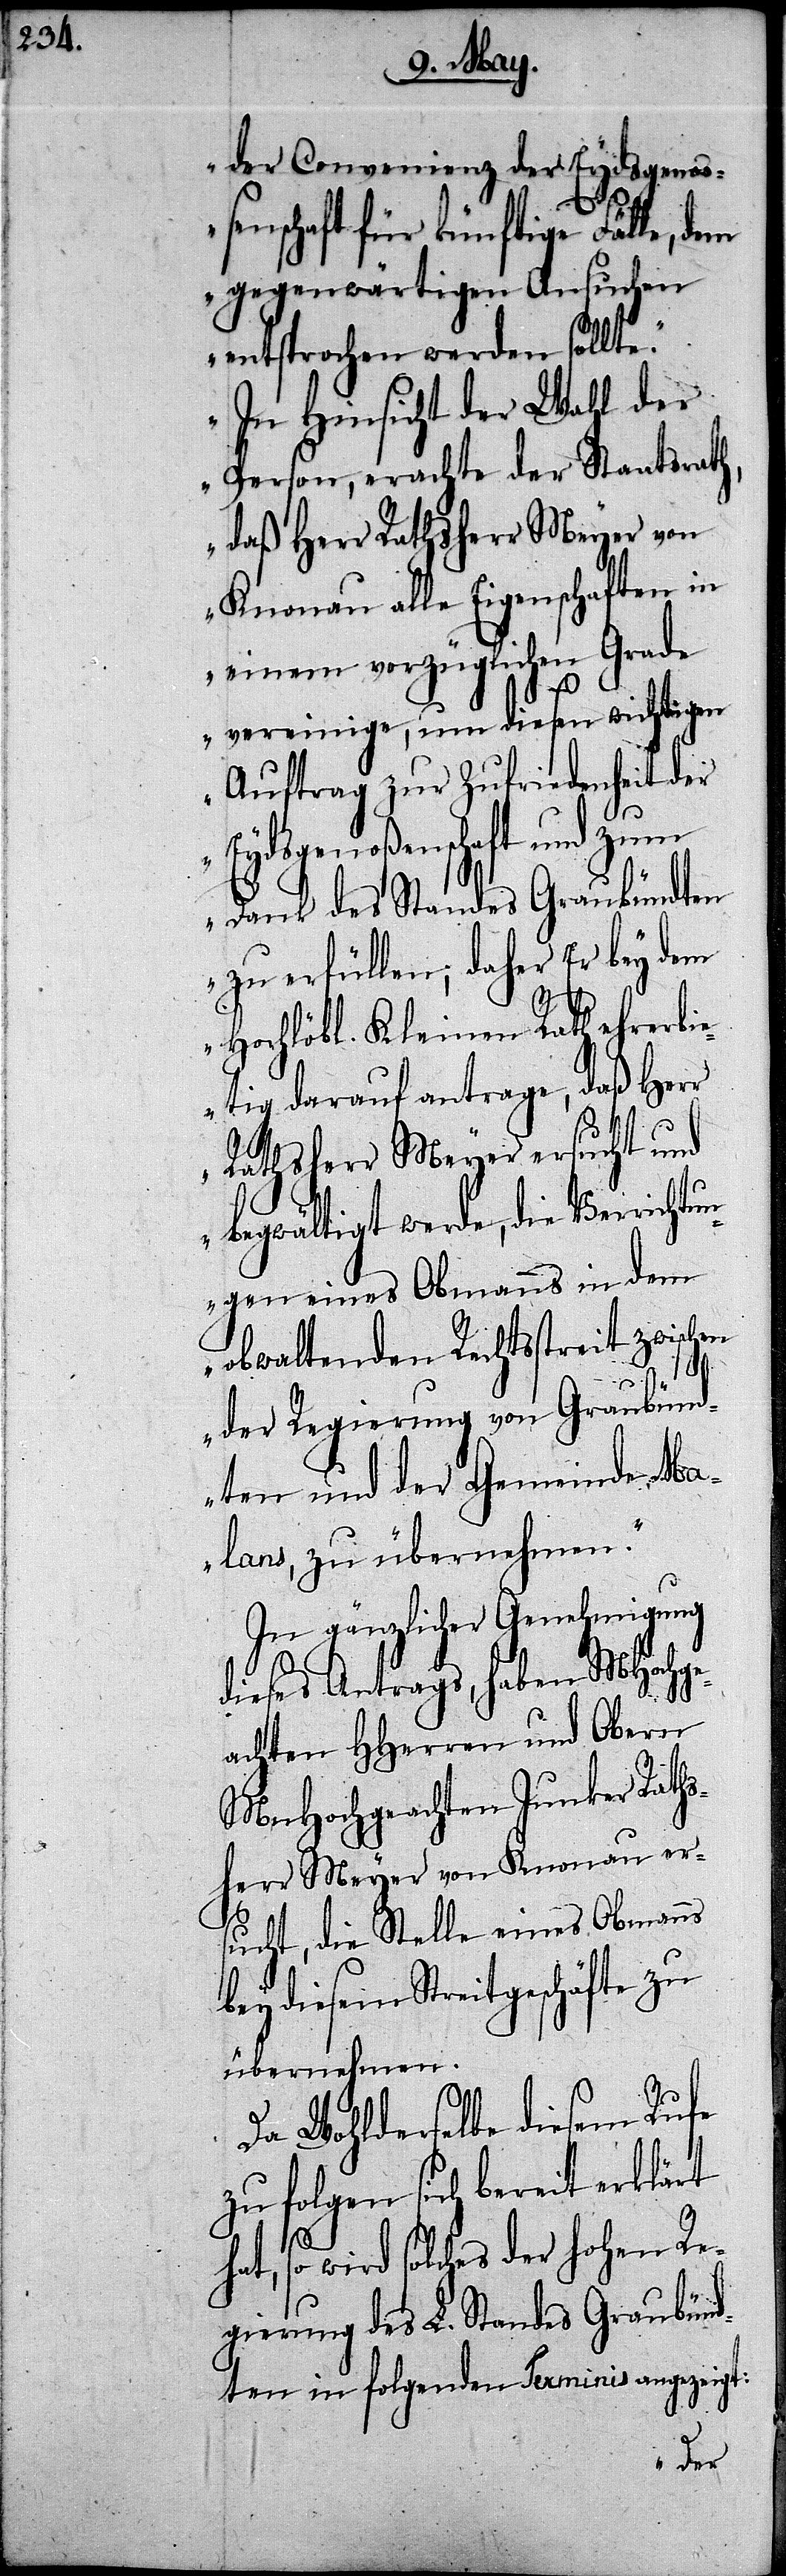
der Convenienz der Eydsgenoß¬
enschaft für künftige Fälle,
gegenwärtigen Ansuchen
entsprochen werden sollte.
In Hinsicht der Wahl der
Person, erachte der Staatsrath,
daß Herr Rathsherr Meyer von
Knonau alle Eigenschaften in
einem vorzüglichen Grad¬
e
vereinige, um diesen wichtigen
Auftrag zur Zufriedenheit der
Eydsgenoßenschaft und zum
Dank des Standes Graubündten
zu erfüllen; daher Er bey dem
Hochlöbl. Kleinen Rath ehrerbi¬
etig darauf antrage, daß Herr
Rathsherr Meyer ersucht und
begwältigt werde, die Verricht¬
ungen eines Obmanns in dem
obwaltenden Rechtsstreit zwischen
der Regierung von Graubünd¬
ten und der Gemeinde Ma¬
lans, zu übernehmen.“
In gänzlicher Genehmigung
dieses Antrags, haben MHochge¬
achten HHerren und Obern
MnHochgeachten Junker Raths¬
herr Meyer von Knonau er¬
sucht, die Stelle eines Obmanns
bey diesem Streitgeschäfte zu
übernehmen.
Da Wohlderselbe diesem Rufe
zu folgen sich bereit erklärt
hat, so wird solches der Hohen Re¬
gierung des L. Standes Graubün¬
dten in folgenden Terminis angezeigt: